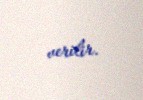
verilir.